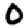
Digit: 0